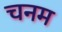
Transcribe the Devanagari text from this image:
चनम